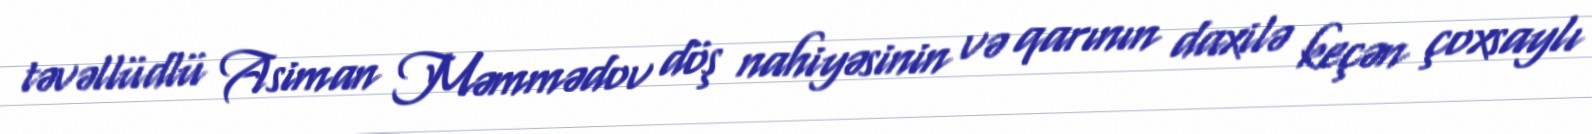
təvəllüdlü Asiman Məmmədov döş nahiyəsinin və qarının daxilə keçən çoxsaylı